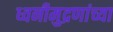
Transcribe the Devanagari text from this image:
ध्वनीमुद्रणांच्या